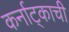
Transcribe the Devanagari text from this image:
कर्नाट्काची